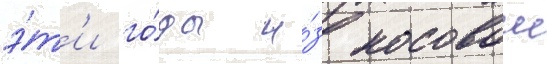
э́т'и го́ды и́з носовои